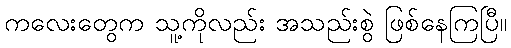
ကလေးတွေက သူ့ကိုလည်း အသည်းစွဲ ဖြစ်နေကြပြီ။